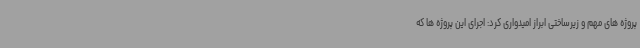
پروژه های مهم و زیرساختی ابراز امیدواری کرد: اجرای این پروژه ها که